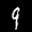
Label: 9